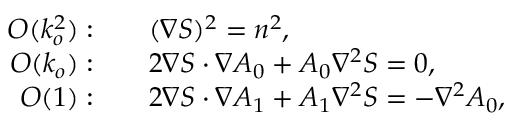
{ \begin{array} { r l } { O ( k _ { o } ^ { 2 } ) : } & { \quad ( \nabla S ) ^ { 2 } = n ^ { 2 } , } \\ { O ( k _ { o } ) : } & { \quad 2 \nabla S \cdot \nabla A _ { 0 } + A _ { 0 } \nabla ^ { 2 } S = 0 , } \\ { O ( 1 ) : } & { \quad 2 \nabla S \cdot \nabla A _ { 1 } + A _ { 1 } \nabla ^ { 2 } S = - \nabla ^ { 2 } A _ { 0 } , } \end{array} }